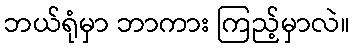
ဘယ်ရုံမှာ ဘာကား ကြည့်မှာလဲ။